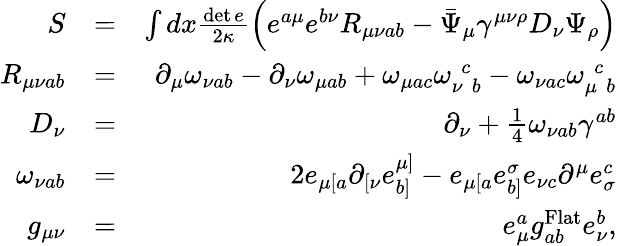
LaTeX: \begin{array}{rlr}{S}&{=}&{\int dx\frac{\operatorname*{det}e}{2\kappa}\left(e^{a\mu}e^{b\nu}R_{{\mu\nu}ab}-\bar{\Psi}_{\mu}\gamma^{{\mu\nu}\rho}D_{\nu}\Psi_{\rho}\right)}\\ {R_{{\mu\nu}ab}}&{=}&{\partial_{\mu}\omega_{\nu ab}-\partial_{\nu}\omega_{\mu ab}+\omega_{\mu ac}\omega_{\nu\, \, b}^{\, \, c}-\omega_{\nu ac}\omega_{\mu\, \, b}^{\, \, c}}\\ {D_{\nu}}&{=}&{\partial_{\nu}+\frac{1}{4}\omega_{\nu ab}\gamma^{ab}}\\ {\omega_{\nu ab}}&{=}&{2e_{\mu[a}\partial_{[\nu}e_{b]}^{\mu]}-e_{\mu[a}e_{b]}^{\sigma}e_{\nu c}\partial^{\mu}e_{\sigma}^{c}}\\ {g_{\mu\nu}}&{=}&{e_{\mu}^{a}g_{ab}^{\mathrm{Flat}}e_{\nu}^{b},}\end{array}